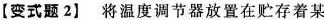
【变式题2】将温度调节器放置在贮存着某